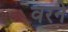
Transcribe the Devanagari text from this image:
वरने